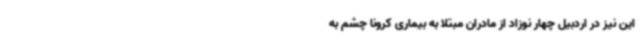
این نیز در اردبیل چهار نوزاد از مادران مبتلا به بیماری کرونا چشم به